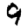
Digit: 9